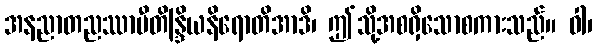
အနညာတညဿာမီတိန္ဒြိယနိရောတိအာဒိ၊ ဤသို့အစရှိသောစကားသည်။ ဝါ၊